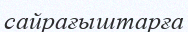
сайрағыштарға